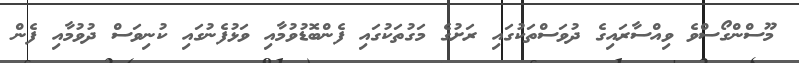
މޫސްންގޯސްވެ ވިއްސާރައިގެ ދުވަސްތަކުގައި ރަށުގެ މަގުތަކުގައި ފެންބޮޑުވުމާއި ވަޅުފެނުގައި ކުނިވަސް ދުވުމާއި ފެން